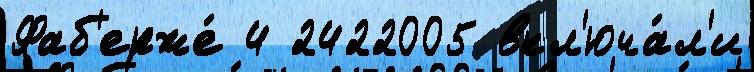
Фаб'ерже́ 4 2422005 вкл'юча́л'и